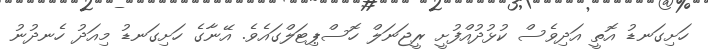
ހަށިގަނޑު އޮތީ އަދިވެސް ކުޅުދުއްފުށީ ރީޖަނަލް ހޮސްޕިޓަލްގައެވެ. އޭނާގެ ހަށިގަނޑު މިއަދު ހެނދުނު